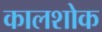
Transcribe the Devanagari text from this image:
कालशोक